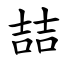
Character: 喆